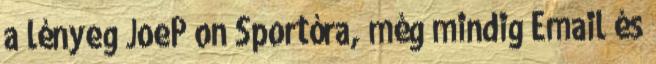
a lényeg JoeP on Sportóra, még mindig Email és